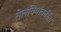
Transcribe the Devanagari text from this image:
तेलबियांकरिता